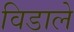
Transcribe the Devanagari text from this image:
विडाले